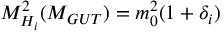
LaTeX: M _ { H _ { i } } ^ { 2 } ( M _ { G U T } ) = m _ { 0 } ^ { 2 } ( 1 + \delta _ { i } )